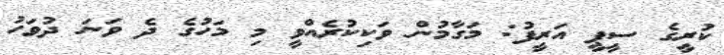
ކުރީގެ ސީޕީ އަރީފު: މަގާމުން ވަކިކުރެއްވީ މި މަހުގެ ދެ ވަނަ ދުވަހު